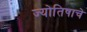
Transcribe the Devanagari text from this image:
ज्योतिषाचे